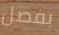
بفصل